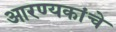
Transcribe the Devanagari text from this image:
आरण्यकांचे